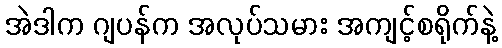
အဲဒါက ဂျပန်က အလုပ်သမား အကျင့်စရိုက်နဲ့